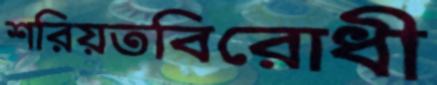
শরিয়তবিরোধী